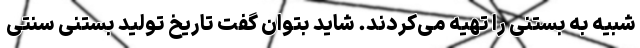
شبیه به بستنی را تهیه می‌کردند. شاید بتوان گفت تاریخ تولید بستنی سنتی